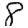
Digit: 8